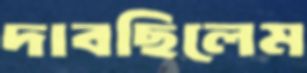
দাবছিলেম